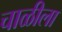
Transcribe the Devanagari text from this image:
चाळीला